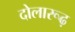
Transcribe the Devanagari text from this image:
दोलारूढ़